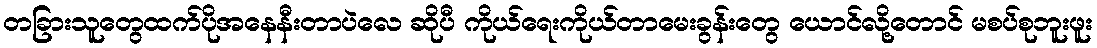
တခြားသူတွေထက်ပိုအနေနီးတာပဲလေ ဆိုပီ ကိုယ်ရေးကိုယ်တာမေးခွန်းတွေ ယောင်လို့တောင် မစပ်စုဘူးဖူး